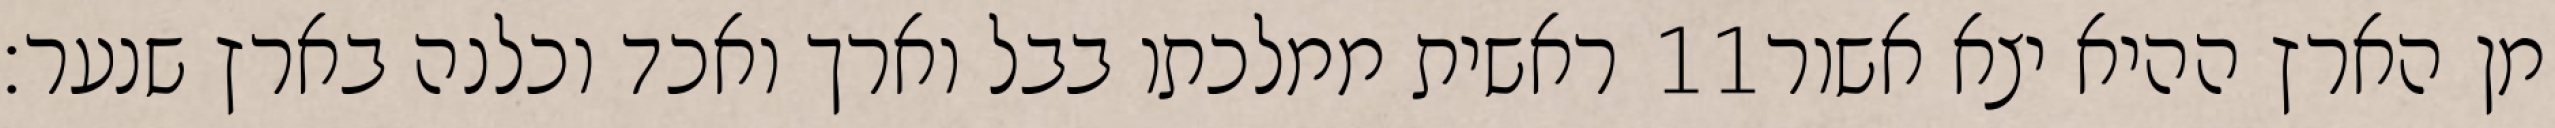
ראשית ממלכתו בבל וארך ואכד וכלנה בארץ שנער׃ ‎11‏ מן הארץ ההיא יצא אשור